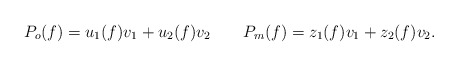
\begin{align*}P_o(f)=u_1(f)v_1+u_2(f)v_2 {\hskip 1em}{\hskip 1em} P_m(f)=z_1(f)v_1+z_2(f)v_2.\end{align*}